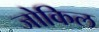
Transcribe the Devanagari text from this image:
जोकिल